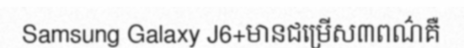
Samsung Galaxy J6+មានជម្រើស៣ពណ៌គឺ